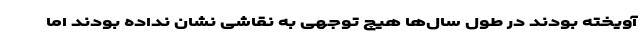
آویخته بودند در طول سال‌ها هیچ توجهی به نقاشی نشان نداده بودند اما